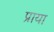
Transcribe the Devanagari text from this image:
प्राया